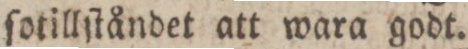
ſotillſtåndet att wara godt.